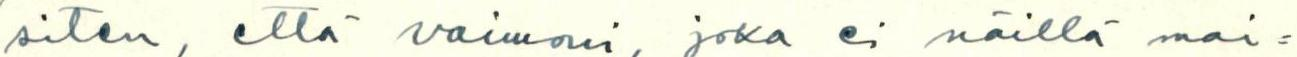
siten, että vaimoni, joka ei näillä mai=